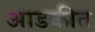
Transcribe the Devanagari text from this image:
आडकीत